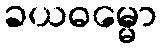
ခယဓမ္မော